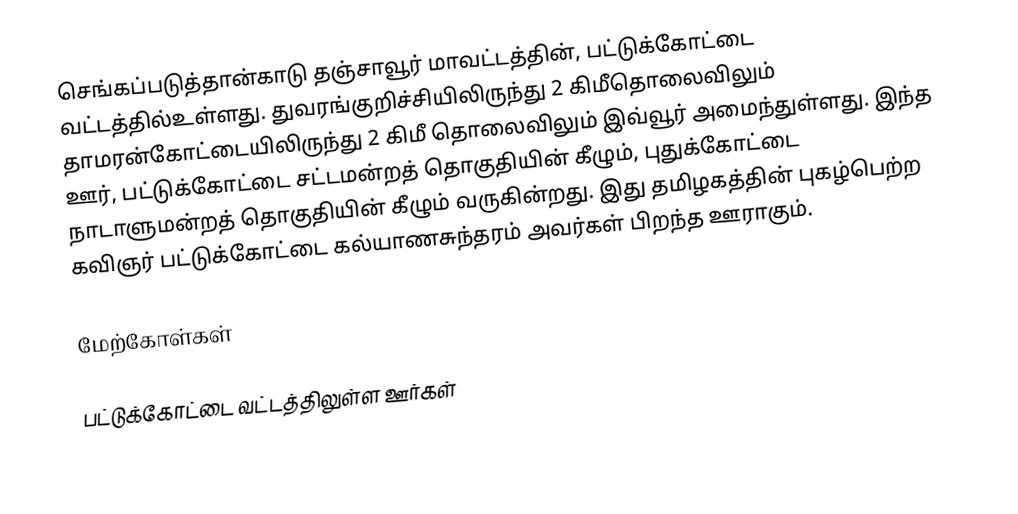
செங்கப்படுத்தான்காடு  தஞ்சாவூர் மாவட்டத்தின், பட்டுக்கோட்டை வட்டத்தில்உள்ளது. துவரங்குறிச்சியிலிருந்து 2 கிமீதொலைவிலும் தாமரன்கோட்டையிலிருந்து 2 கிமீ தொலைவிலும் இவ்வூர் அமைந்துள்ளது. இந்த ஊர், பட்டுக்கோட்டை சட்டமன்றத் தொகுதியின் கீழும், புதுக்கோட்டை நாடாளுமன்றத் தொகுதியின் கீழும் வருகின்றது. இது தமிழகத்தின் புகழ்பெற்ற கவிஞர் பட்டுக்கோட்டை கல்யாணசுந்தரம் அவர்கள் பிறந்த ஊராகும்.

மேற்கோள்கள்

பட்டுக்கோட்டை வட்டத்திலுள்ள ஊர்கள்